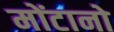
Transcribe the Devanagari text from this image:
मोंटानो